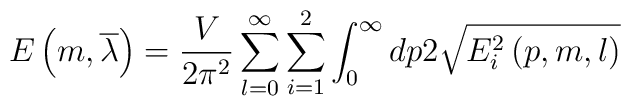
E\left( m,\overline{\lambda }\right) =\frac V{2\pi ^2}\sum_{l=0}^\infty\sum_{i=1}^2\int_0^\infty dp2\sqrt{E_i^2\left( p,m,l\right) }